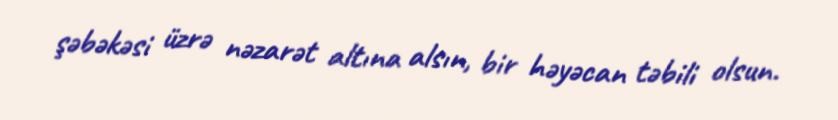
şəbəkəsi üzrə nəzarət altına alsın, bir həyəcan təbili olsun.